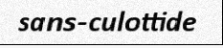
sans-culottide